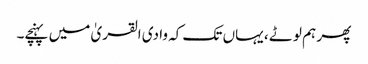
پھر ہم لوٹے ، یہاں تک کہ وادی القریٰ میں پہنچے۔